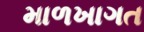
માળખાગત